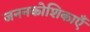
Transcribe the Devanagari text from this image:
जननकोशिकाएँ